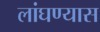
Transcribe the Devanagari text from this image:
लांघण्यास